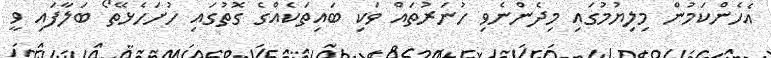
އެހެންކަމުން މިލިޔުމުގައި މިދެންނެވި ހުނަރުތައް ވަކި ބައިތަކެއްގެ ގޮތުގައި ހުށަހެޅޭތޯ ބަލާފައި ވީ